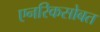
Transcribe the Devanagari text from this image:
एनरिकसोबत